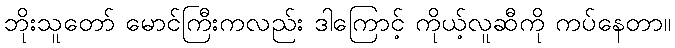
ဘိုးသူတော် မောင်ကြီးကလည်း ဒါကြောင့် ကိုယ့်လူဆီကို ကပ်နေတာ။